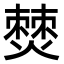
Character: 𤏡